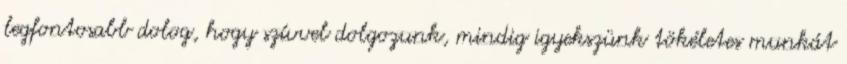
legfontosabb dolog, hogy szívvel dolgozunk, mindig igyekszünk tökéletes munkát